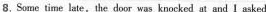
8.Some time late，the door was knocked at and I asked